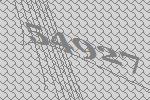
54927